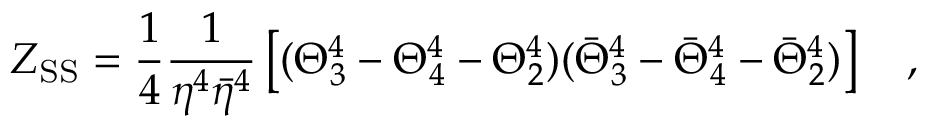
Z _ { \mathrm { S S } } = { \frac { 1 } { 4 } } { \frac { 1 } { \eta ^ { 4 } { \bar { \eta } } ^ { 4 } } } \left[ ( \Theta _ { 3 } ^ { 4 } - \Theta _ { 4 } ^ { 4 } - \Theta _ { 2 } ^ { 4 } ) ( { \bar { \Theta } } _ { 3 } ^ { 4 } - { \bar { \Theta } } _ { 4 } ^ { 4 } - { \bar { \Theta } } _ { 2 } ^ { 4 } ) \right] \quad ,